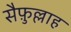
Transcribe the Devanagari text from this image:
सैफ़ुल्लाह